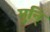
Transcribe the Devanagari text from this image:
मुनि्